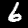
Digit: 6